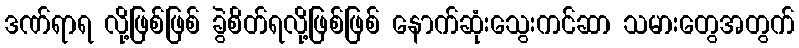
ဒဏ်ရာရ လို့ဖြစ်ဖြစ် ခွဲစိတ်ရလို့ဖြစ်ဖြစ် နောက်ဆုံးသွေးကင်ဆာ သမားတွေအတွက်